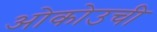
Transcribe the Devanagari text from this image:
ओकोउची